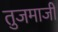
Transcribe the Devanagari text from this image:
तुजमाजी